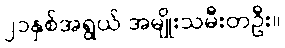
၂၁နှစ်အရွယ် အမျိုးသမီးတဦး။